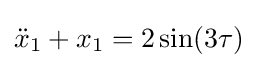
{\ddot {x}}_{1}+x_{1}=2\sin(3\tau )